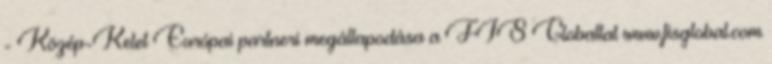
- Közép-Kelet Európai partneri megállapodása a FIS Globallal www.fisglobal.com